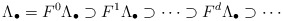
\begin{align*}\Lambda_{\bullet}=F^0\Lambda_{\bullet} \supset F^1 \Lambda_{\bullet} \supset \cdots\supset F^{d} \Lambda_{\bullet} \supset \cdots\end{align*}